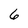
Character: 6